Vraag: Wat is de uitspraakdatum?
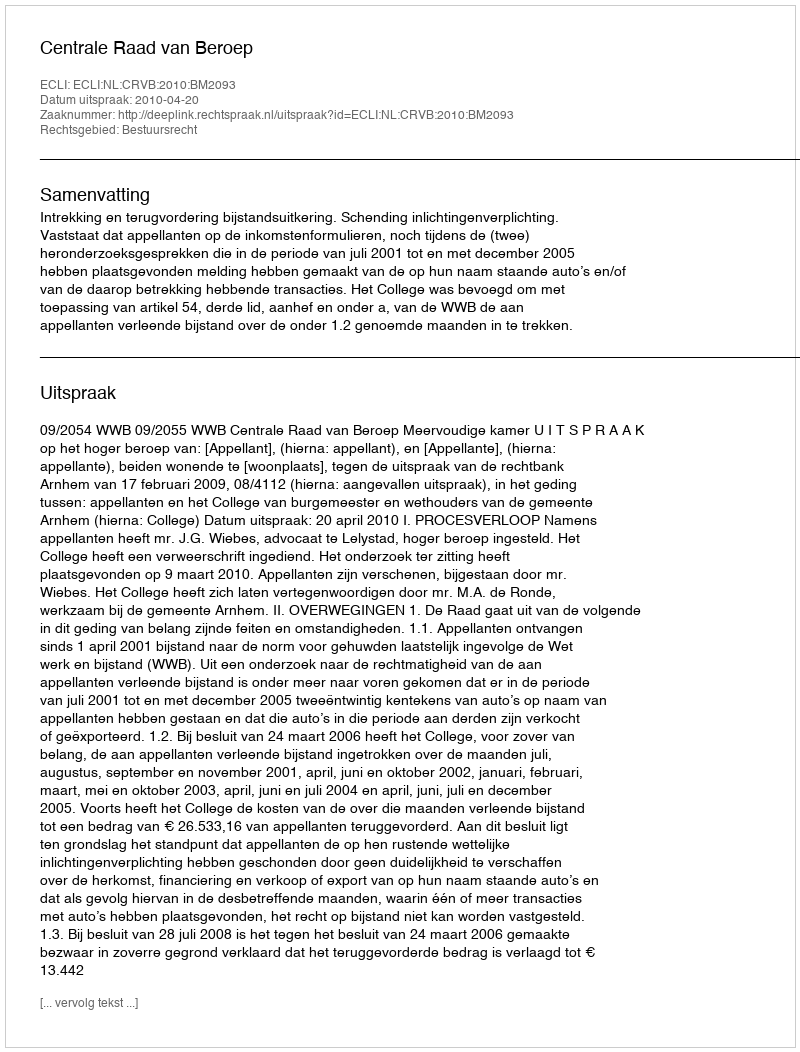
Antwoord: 2010-04-20